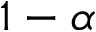
1 - \alpha